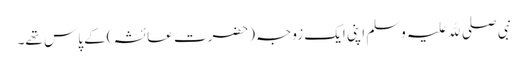
نبی صلی ﷲ علیہ وسلم اپنی ایک زوجہ (حضرت عائشہ )کے پاس تھے۔